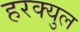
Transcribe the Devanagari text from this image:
हरक्युल